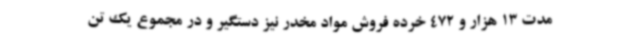
مدت 13 هزار و 472 خرده فروش مواد مخدر نیز دستگیر و در مجموع یک تن